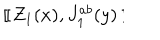
LaTeX: ~ [ \kern - 0 . 4 5 e m \llap ~ [ ~ Z _ { 1 } ( x ) , J _ { 1 } ^ { a b } ( y ) ~ ] \kern - 0 . 4 5 e m \llap ~